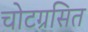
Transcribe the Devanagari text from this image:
चोटग्रसित